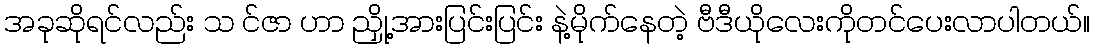
အခုဆိုရင်လည်း သ င်ဇာ ဟာ ညှို့အားပြင်းပြင်း နဲ့မိုက်နေတဲ့ ဗီဒီယိုလေးကိုတင်ပေးလာပါတယ်။